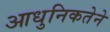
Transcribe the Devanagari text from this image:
आधुनिकतेने